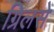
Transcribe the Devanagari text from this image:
ग्रिलसे